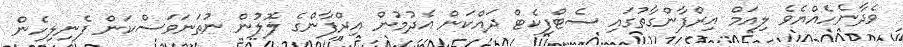
ވެދާނެހެއްޔެވެ ލިއަމް އިރްފާންގާތުގައި ސެޓްފިކެޓް ދައްކަން އެދުމުން އިރްފާންގެ ލޮލުން ނުތަނަވަސްކަން ފެނިލިހެން